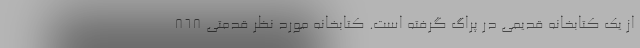
از یک کتابخانه قدیمی در پراگ گرفته است. کتابخانه مورد نظر قدمتی ۸۶۸